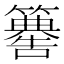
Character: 𥶚